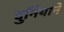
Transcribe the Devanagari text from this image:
दुनियाने